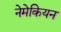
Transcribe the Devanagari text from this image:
नेमेकियन